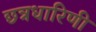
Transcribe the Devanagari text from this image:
छत्रधारिणी